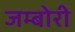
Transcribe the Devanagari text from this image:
जम्बोरी